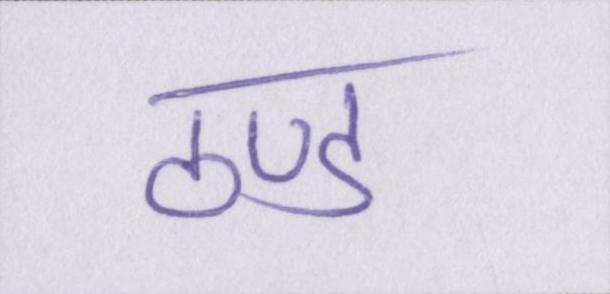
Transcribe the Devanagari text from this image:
ठण्ड